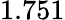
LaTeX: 1.751